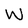
Character: W